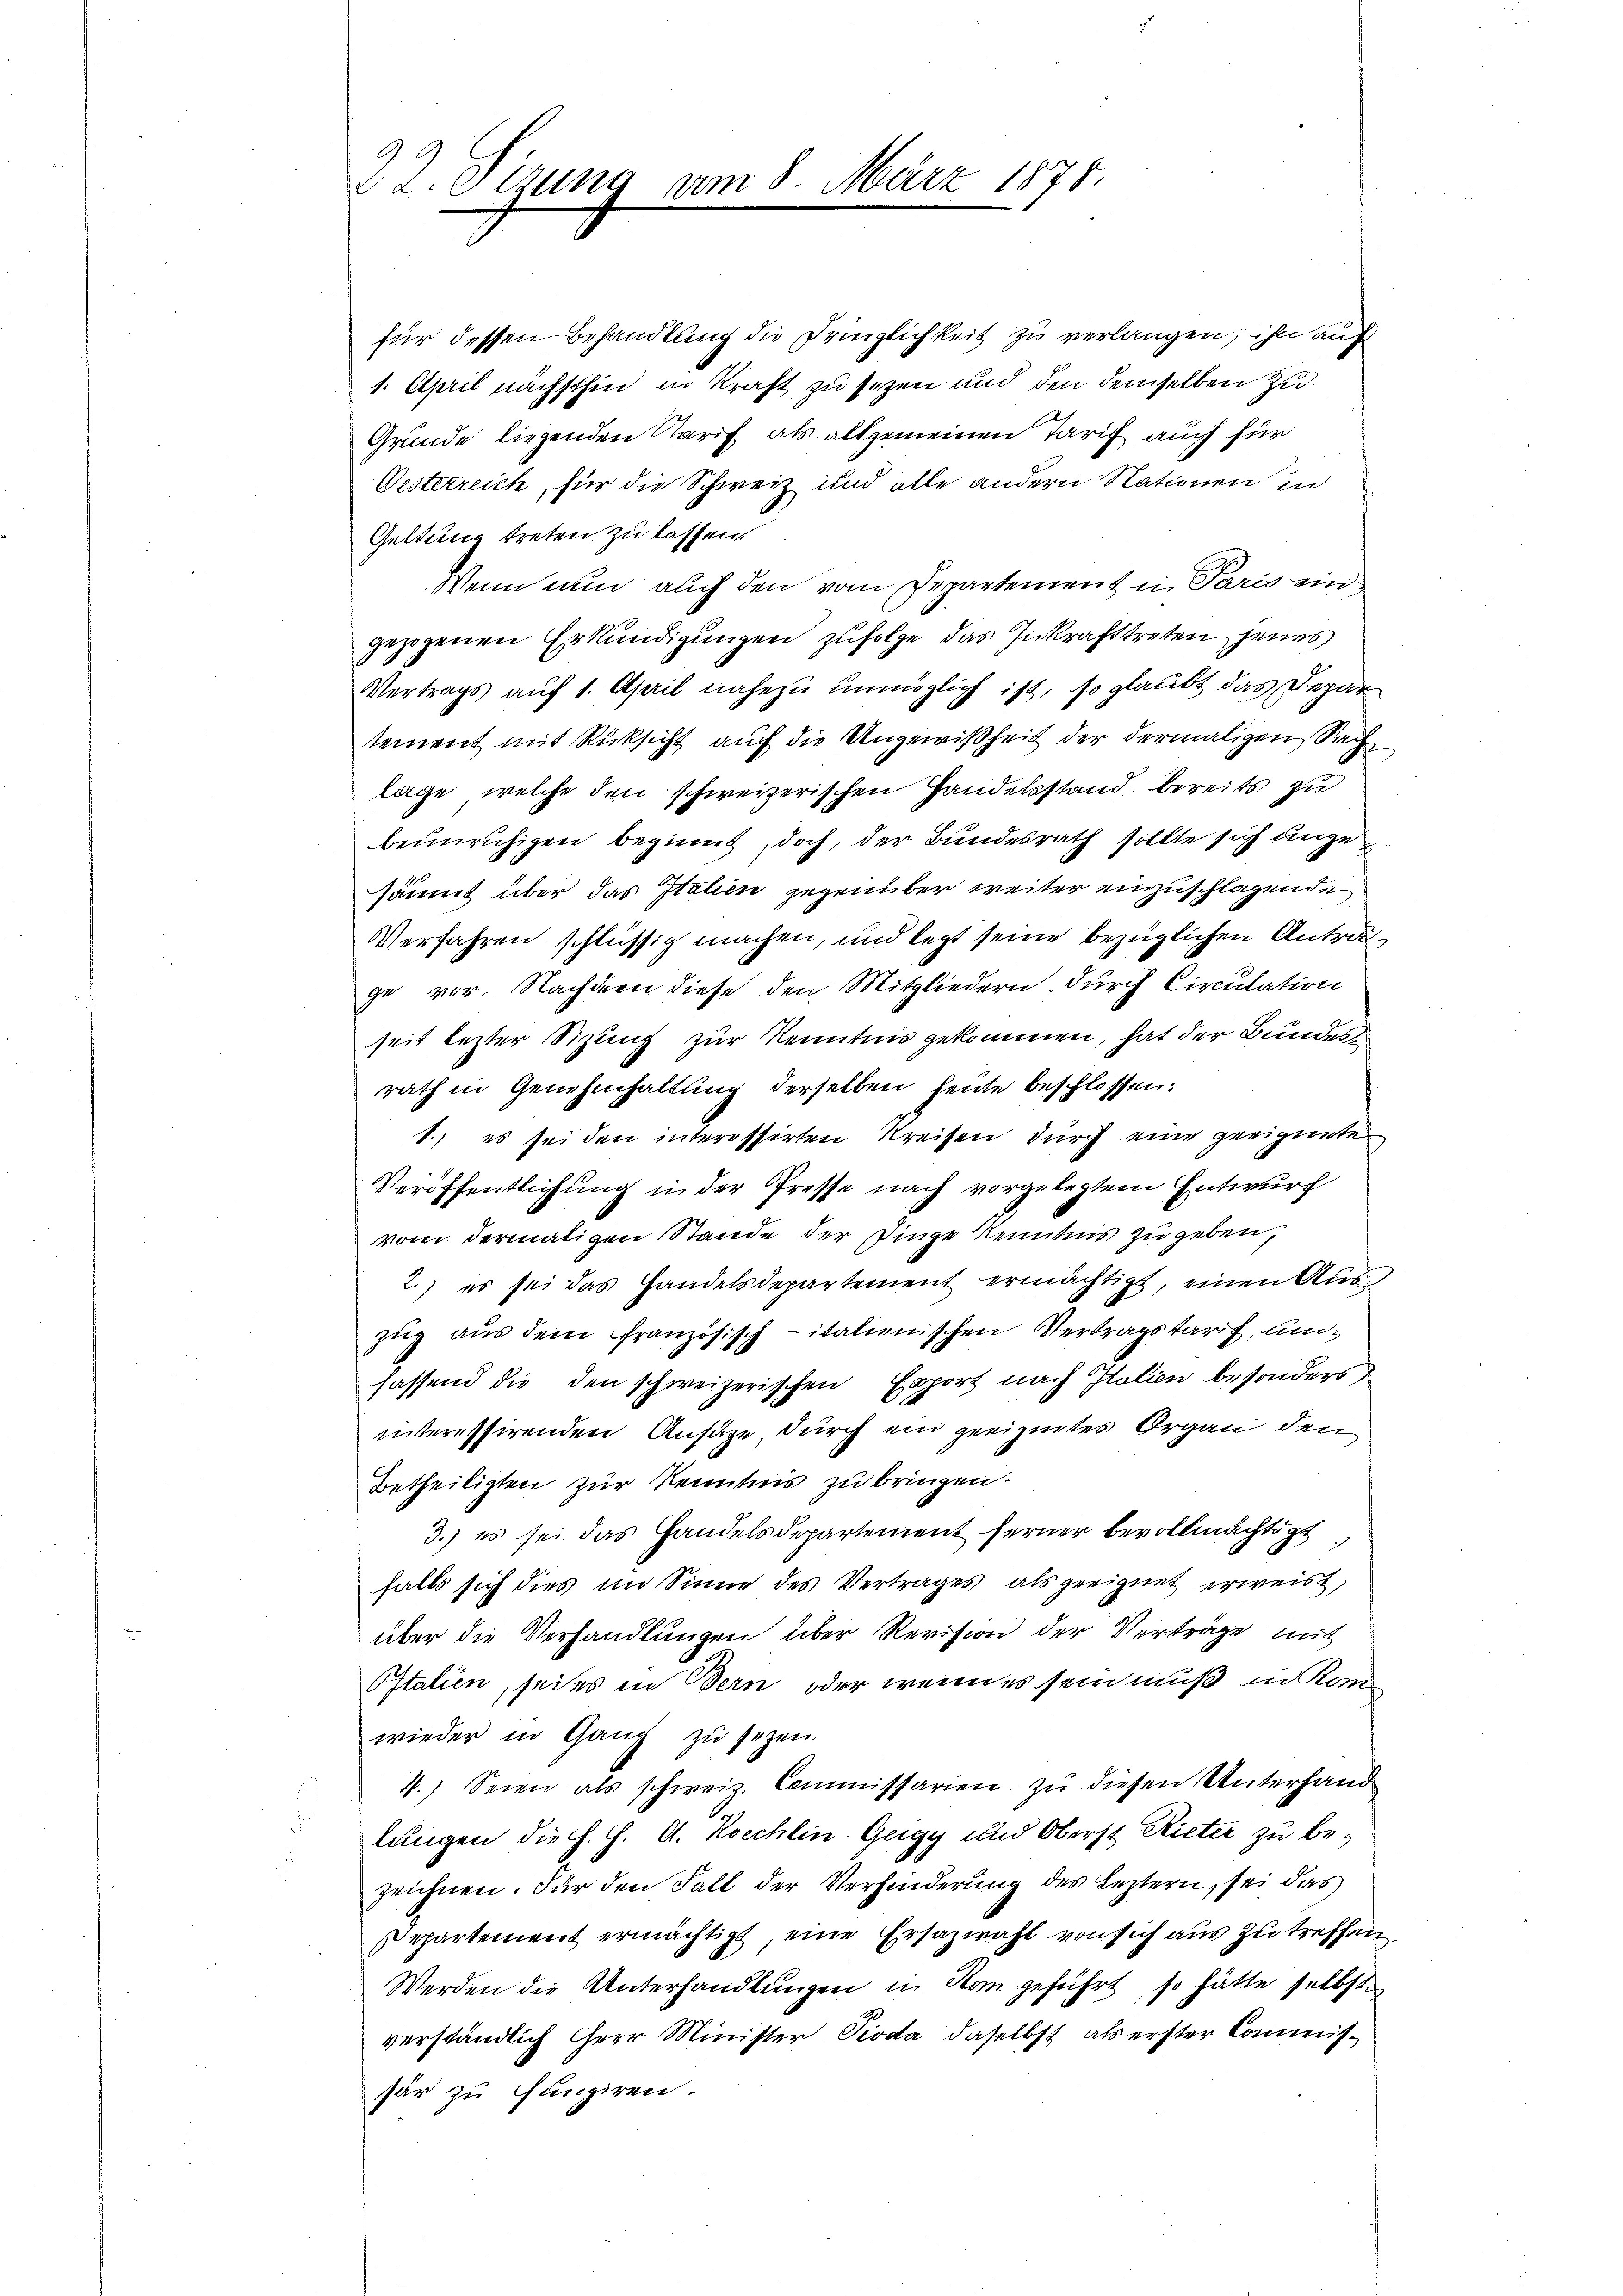
G
 2. Sizung

8. März 1878.

für dessen Behandlung die Prinzlichkeit zu verlangen; ihn auf
1. April nächsthin in Kraft zu sezen und den demselben zu
Gründe liegenden Tarif als allgemeinen Tarif auch für
Desterreich, für die Schweiz und alle andern Nationen in
Geltung treten zu lassen.
Wenn nun auch den vom Departement in Paris ein
gezogenen Erkundigungen zufolge das Inkrafttreten jenes
Vertrags auf 1. April nahezu unmöglich ist, so glaubt das Depar
tement mit Rücksicht auf die Ungewißheit der dermaligen Sach
lage, welche den schweizerischen Handelsstand bereits zu
beunruhigen beginnt, doch, der Bundesrath sollte sich angesäumt über das Italien gegenüber weiter einzuschlagende
Verfahren schlüssig machen, und legt seine bezüglichen Antrag,
ge vor. Nachdem diese den Mitgliedern. Durch Circulation
seit lezter Sizung zur Kenntnis gekommen, hat der Bundes
rath in Genehmhaltung derselben heute beschlossen:
1.) es sei den interessirten Kreisen durch eine geeignete
Veröffentlichung in der Presse nach vorgelegtem Entwurf
vom dermaligen Stande der Dinge Kenntnis zu geben,
2.) es sei das Handelsdepartement ermächtigt, einen Auszug aus dem französisch-italienischen Vertragstarif, um
fassend die den schweizerischen Export nach Italien besonders,
innteressirenden Ansätze durch ein geeignetes Organ den
Betheiligten zur Kenntnis zu bringen.
3.) es sei das Handelsdepartement ferner bevollmächtigt
falls sich dies im Sinne des Vertrages, als geeignet erweist,
über die Verhandlungen über Revision der Verträge mich
Ostalien, seies in Bern, oder wenn es sein muß in Komwieder in Gang zu sezen.
4.) Seien als schweiz. Commissarien zu diesen Unterhand
lungen die h. H. A. Koechlin-Geigy und Oberst Rieter zu bezeichnen. Für den Fall der Verhinderung des Leztern, sei das
epartement ermächtigt, eine Ersazwahl von sich aus zutreffen,
Werden die Unterhandlungen in Rom geführt, so hätte selbste
verständlich Herr Minister Pioda, daselbst als erster Commissar zu fungiren.